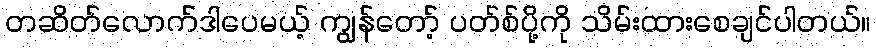
တဆိတ်လောက်ဒါပေမယ့် ကျွန်တော့် ပတ်စ်ပို့ကို သိမ်းထားစေချင်ပါတယ်။